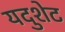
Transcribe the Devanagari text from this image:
यदुशेट